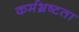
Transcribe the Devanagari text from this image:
कर्मभ्रष्टता